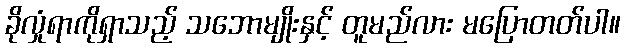
ခိုလှုံရာကိုရှာသည့် သဘောမျိုးနှင့် တူမည်လား မပြောတတ်ပါ။